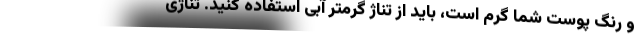
و رنگ پوست شما گرم است، باید از تناژ گرمتر آبی استفاده کنید. تناژی